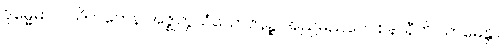
ဒုမ္မေဓာ ဝါသိတကေန အဇ္ဈတ္တသံယောဇနဉ္စ အညမညဝေဝစနာနီတိ သာဓေန္တာ